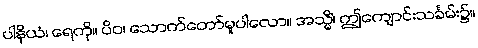
ပါနိယံ၊ ရေကို။ ပိဝ၊ သောက်တော်မူပါလော။ အသ္မိံ၊ ဤကျောင်းသင်္ခမ်း၌။